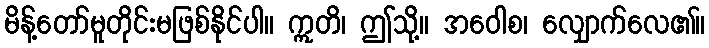
မိန့်တော်မူတိုင်းမဖြစ်နိုင်ပါ။ ဣတိ၊ ဤသို့။ အဝေါစ၊ လျှောက်လေ၏။